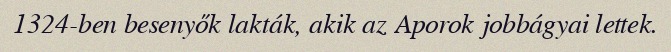
1324-ben besenyők lakták, akik az Aporok jobbágyai lettek.